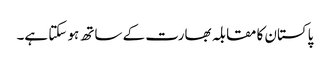
پاکستان کا مقابلہ بھارت کے ساتھ ہو سکتا ہے۔